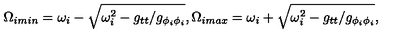
\Omega _ { i m i n } = \omega _ { i } - \sqrt { \omega _ { i } ^ { 2 } - g _ { t t } / g _ { \phi _ { i } \phi _ { i } } } , \Omega _ { i m a x } = \omega _ { i } + \sqrt { \omega _ { i } ^ { 2 } - g _ { t t } / g _ { \phi _ { i } \phi _ { i } } } ,